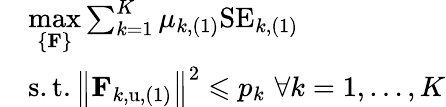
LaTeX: \begin{array}{rl}&{\underset{\left\{ \mathbf{F}\right\} }{\operatorname*{max}}\sum_{k=1}^{K}{\mu_{k,(1)}\mathrm{SE}_{k,(1)}}}\\ &{\mathrm{s}.\mathrm{t}.\left\| \mathbf{F}_{k,\mathrm{u},(1)}\right\| ^{2}\leqslant p_{k}\, \, \forall k=1,\dots,K}\end{array}